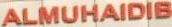
ALMUHAIDIB